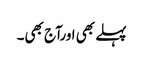
پہلے بھی اورآج بھی۔